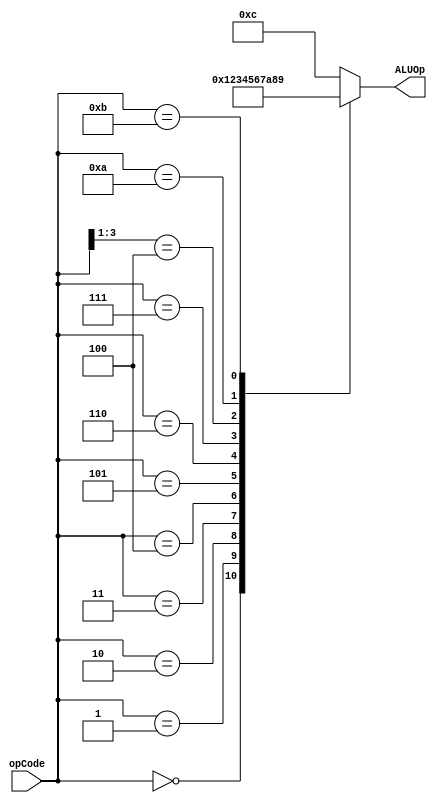
module control_ALUOp(opCode, ALUOp);
	input [3:0] opCode;
	output reg [3:0] ALUOp;	// return 4-bit ALUOp code
	
	always@(*) begin
		casex(opCode)
			// ADD
			4'b0000: ALUOp = 4'b0000;
			// SUB
			4'b0001: ALUOp = 4'b0001;
			// XOR
			4'b0010: ALUOp = 4'b0010;
			// RED
			4'b0011: ALUOp = 4'b0011;
			// SLL
			4'b0100: ALUOp = 4'b0100;
			// SRA
			4'b0101: ALUOp = 4'b0101;
			// ROR
			4'b0110: ALUOp = 4'b0110;
			// PADDSB
			4'b0111: ALUOp = 4'b0111;	
			// LW, SW
			4'b100x: ALUOp = 4'b1010;	// do add in ALU
			// LLB
			4'b1010: ALUOp = 4'b1000;	// do concatenation in ALU?
			// LHB
			4'b1011: ALUOp = 4'b1001;	// do concatenation in ALU?
			default: ALUOp = 4'b1100;
		endcase
	end
endmodule